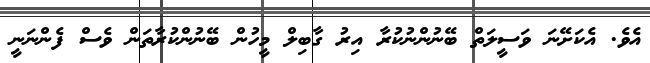
އެވެ. އެކަށޭނަ ވަސީލަތް ބޭނުންނުކުރާ އިރު ގާބިލް މީހުން ބޭނުންކުރާތަން ވެސް ފެންނަނީ